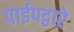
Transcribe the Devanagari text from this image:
पाईपद्वारे